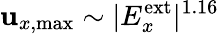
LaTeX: \mathbf{u}_{x,\textrm{{max}}}\sim|E_{x}^{\textrm{{ext}}}|^{1.16}